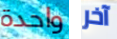
واحدة آخر